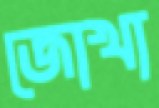
জোখা